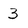
Character: 3